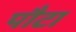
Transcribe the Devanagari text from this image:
पौटा